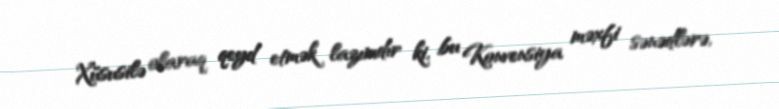
Xüsusilə olaraq qeyd etmək lazımdır ki, bu Konvensiya məxfi sənədlərə,